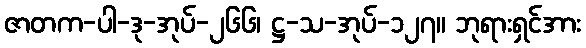
ဇာတက-ပါ-ဒု-အုပ်-၂၆၆၊ ဋ္ဌ-သ-အုပ်-၁၂၇။ ဘုရားရှင်အား